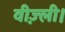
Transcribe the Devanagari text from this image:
वीज़्ली।